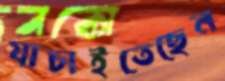
যাচাইতেছেন